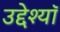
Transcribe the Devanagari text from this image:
उद्देश्यॉ